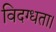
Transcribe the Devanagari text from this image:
विदग्धता।